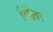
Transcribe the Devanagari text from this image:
हेरोडियन